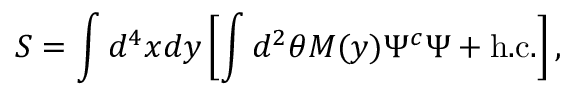
S = \int d ^ { 4 } x d y \left[ \int d ^ { 2 } \theta M ( y ) \Psi ^ { c } \Psi + \mathrm { h . c . } \right] ,